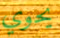
يحوي